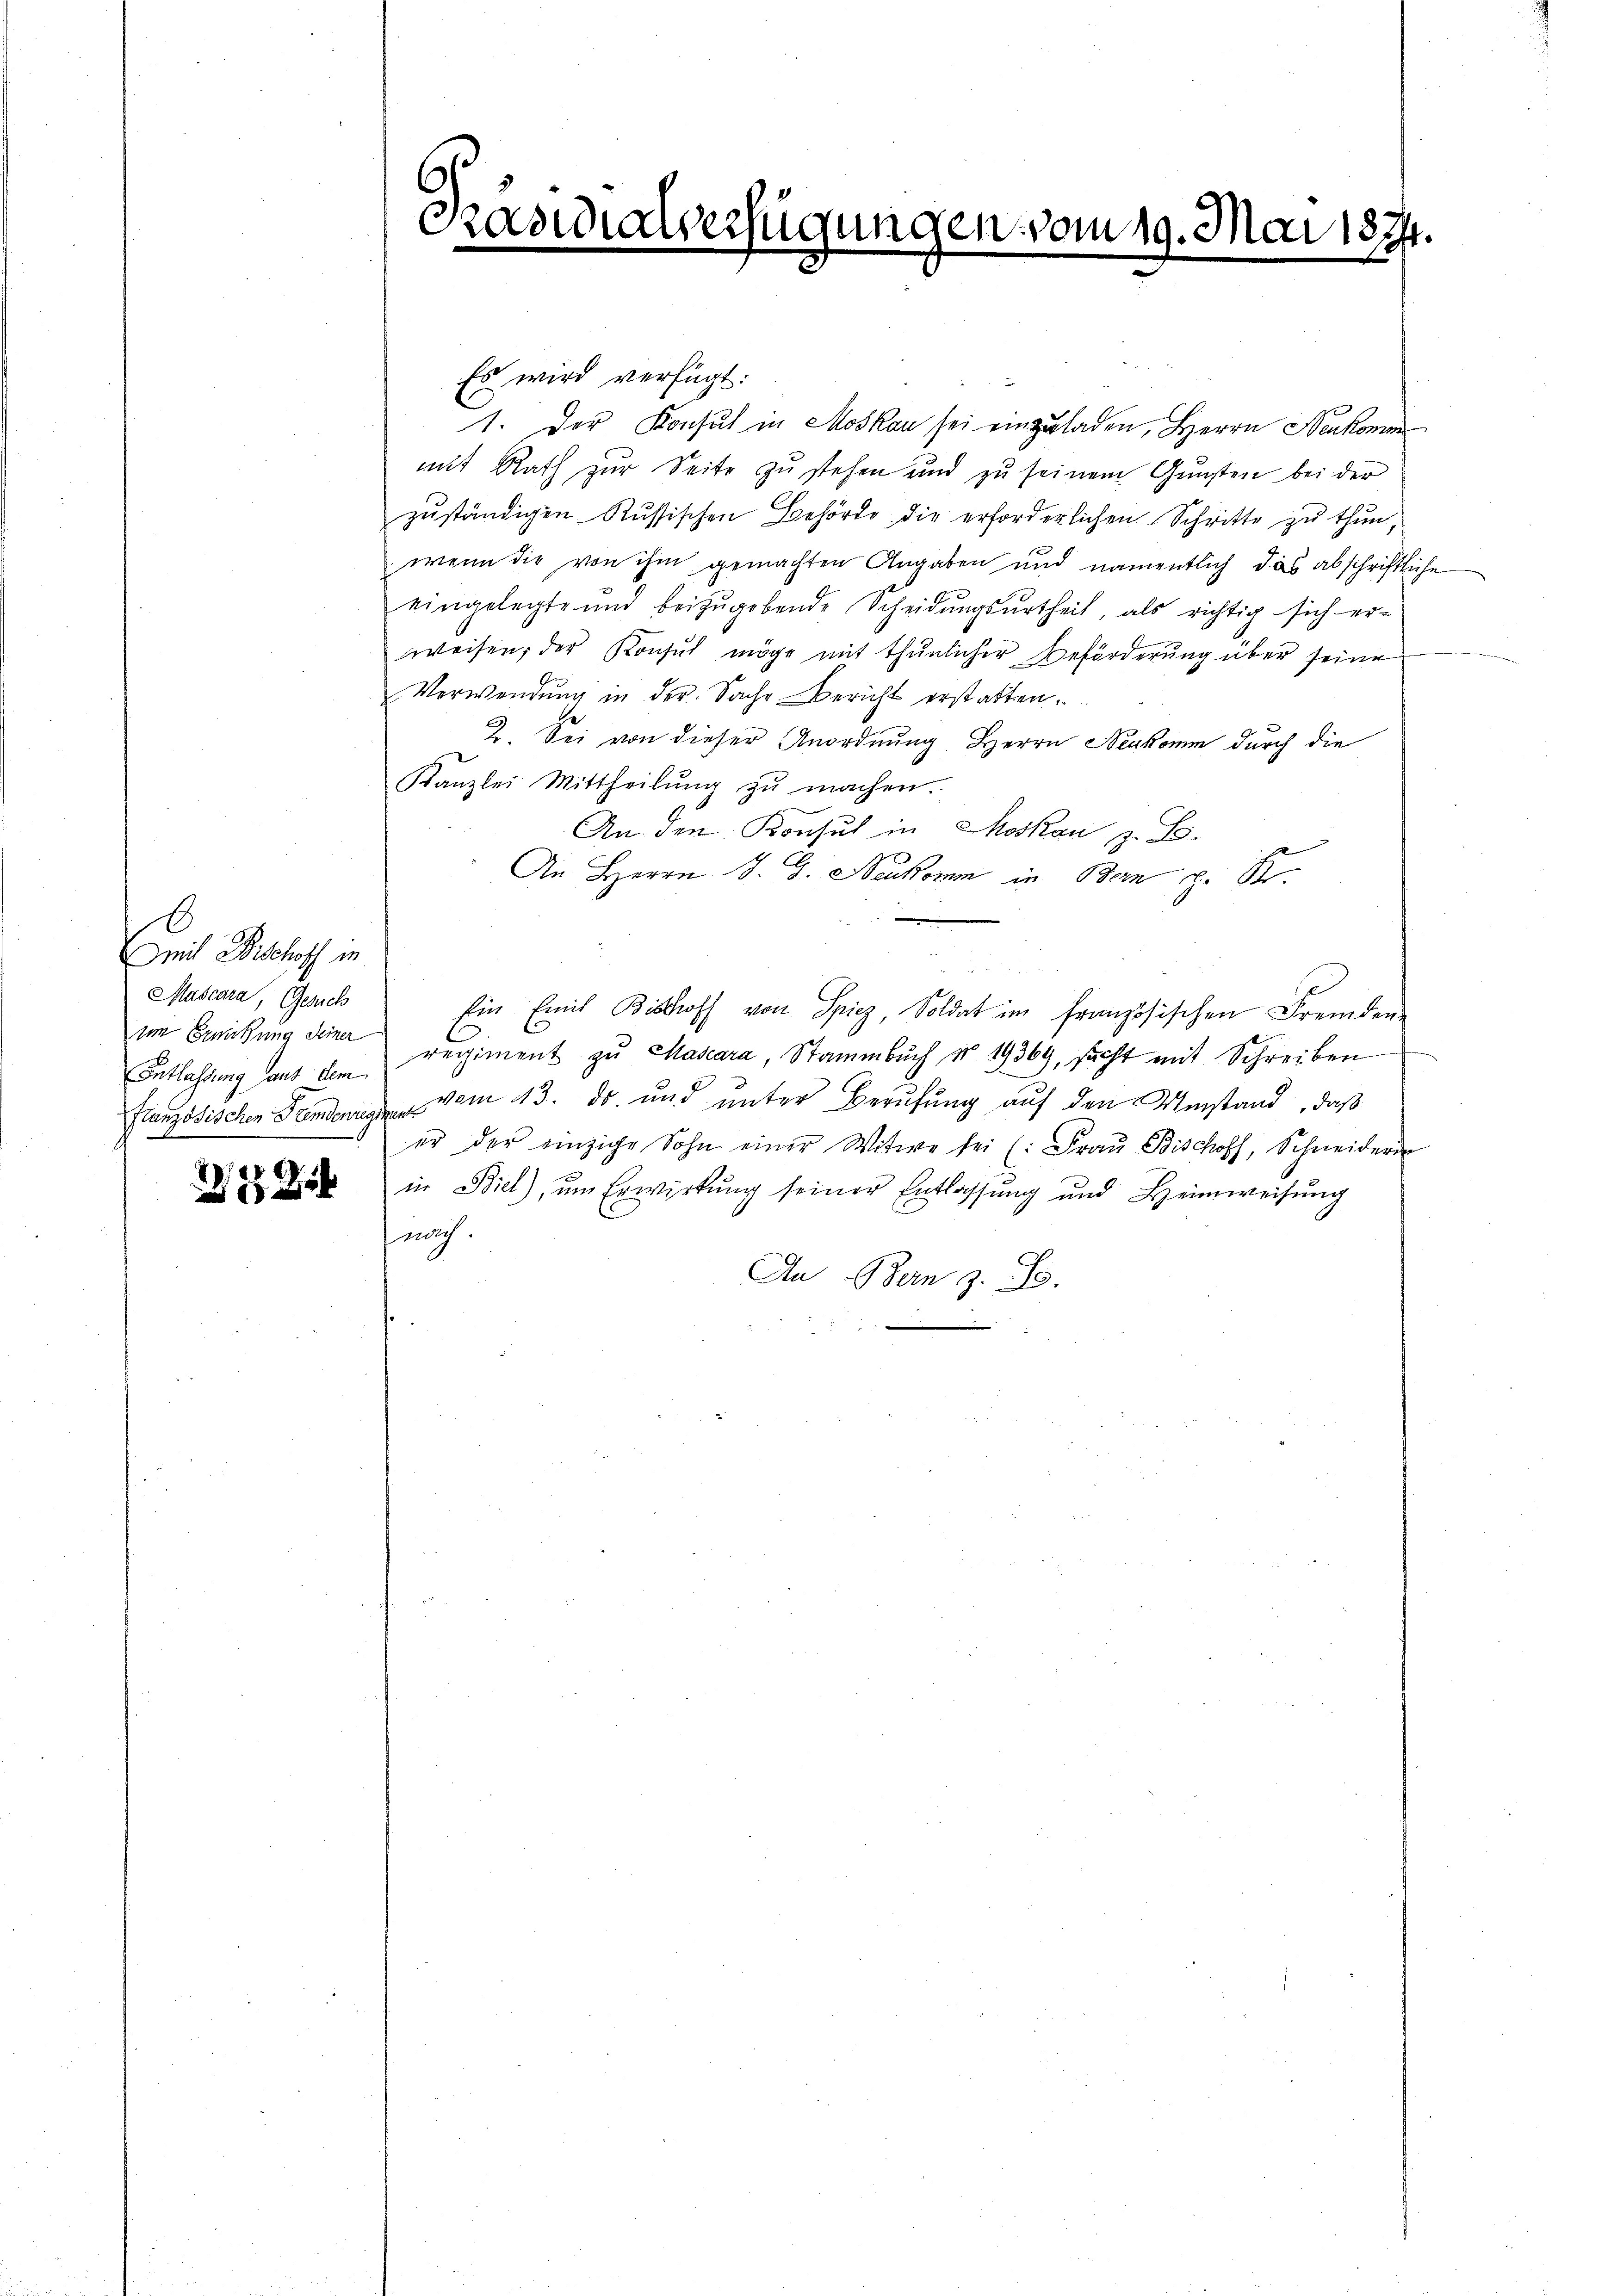
E
mit Bischoff in
Mascara, Gesuch
iin Genützung seiner
3

27

Präsidialverfügungen vom 19. Mai 1891.

Es wird verfügt:
1. Der Konsul in Moskau sei einzuladen, Herrn Neukomm
mit Rath zŭr Seite zŭ stehen und zŭ seinem Gŭnsten bei der
zuständigen Russischen Behörde die erforderlichen Schritte zu thun,
wenn die von ihm gemachten Angaben und namentlich das abschriftliche
eingelegte und beizŭgebende Scheidŭngsŭrtheil, als richtig sich er-
weisen, der Konsul möge mit thunlicher Beförderung über seine
Verwendŭng in der Sache Bericht erstatten.
2. Sei von dieser Anordnung. Herrn Neukomm durch die
Kanzlei Mittheilŭng zŭ machen.
An den Konsul in Moskau z. B.
An Herrn J. G. Neukomm in Bern z. B.
Ein Emit Bischoff von Spiez, Soldat im französischen Fremden-
Entlassung auf dem regiment zu Mascara, Stammbuch v. 19369, sicht mit Schreiben
französischen Tenden vom 13. ds. und unter Berufung auf den Umstand, daß
er der einzige Sohn einer Witwe sei (: Fraŭ Bischoff, Schneidern
in Biel), ŭm Erwirkung seiner Entlassung und Heimweisŭng
nach.
An Bern z. B.